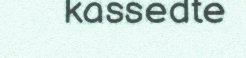
kassedte